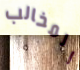
المخالب